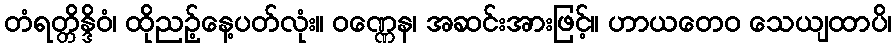
တံရတ္တိန္ဒိဝံ၊ ထိုညဉ့်နေ့ပတ်လုံး။ ဝဏ္ဏေန၊ အဆင်းအားဖြင့်။ ဟာယတေဝ သေယျထာပိ၊